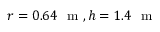
r = 0 . 6 4 ~ \mathrm { ~ m ~ } , h = 1 . 4 ~ \mathrm { ~ m ~ }